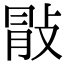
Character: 𢽢